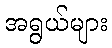
အရွယ်များ